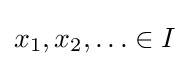
x_{1},x_{2},\ldots \in I